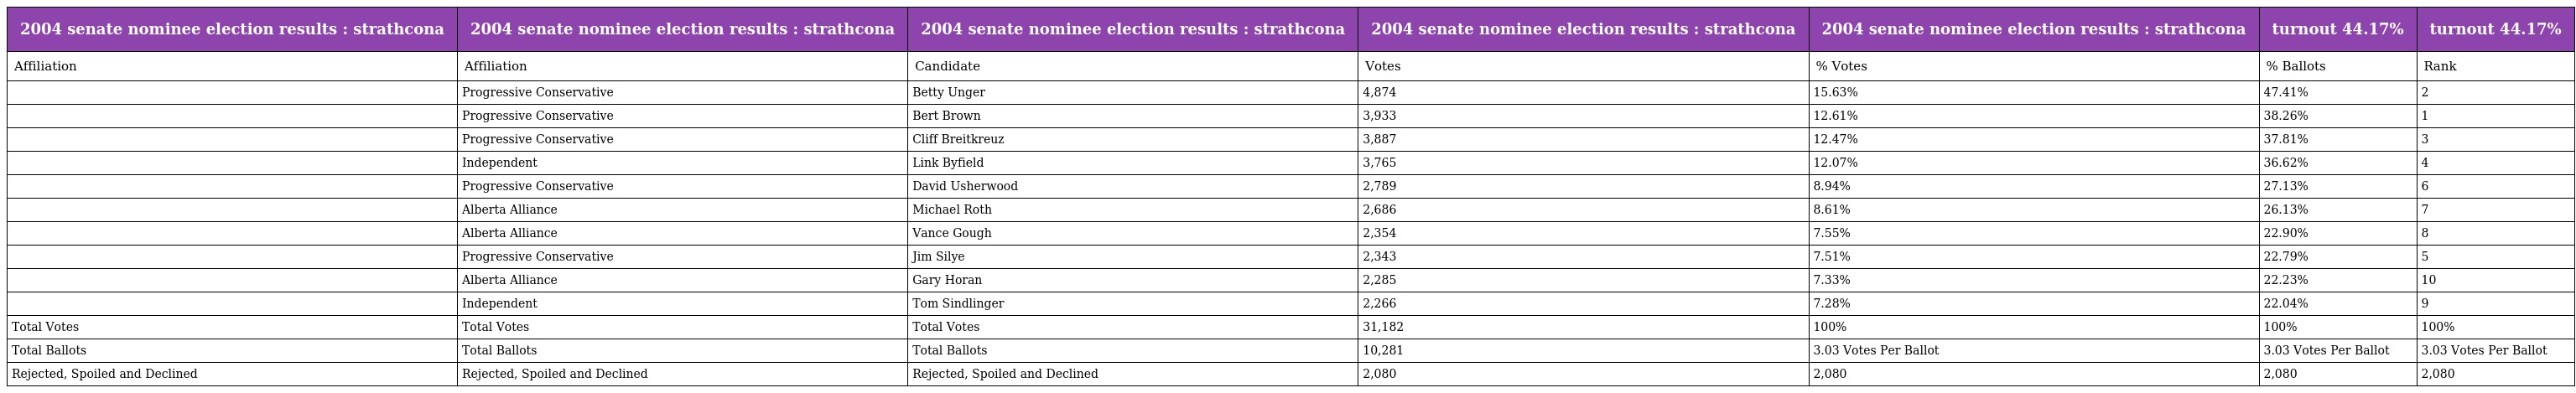
| 2004 senate nominee election results : strathcona | 2004 senate nominee election results : strathcona | 2004 senate nominee election results : strathcona | 2004 senate nominee election results : strathcona | 2004 senate nominee election results : strathcona | turnout 44.17% | turnout 44.17% |
 | --- | --- | --- | --- | --- | --- | --- |
 | Affiliation | Affiliation | Candidate | Votes | % Votes | % Ballots | Rank |
 |  | Progressive Conservative | Betty Unger | 4,874 | 15.63% | 47.41% | 2 |
 |  | Progressive Conservative | Bert Brown | 3,933 | 12.61% | 38.26% | 1 |
 |  | Progressive Conservative | Cliff Breitkreuz | 3,887 | 12.47% | 37.81% | 3 |
 |  | Independent | Link Byfield | 3,765 | 12.07% | 36.62% | 4 |
 |  | Progressive Conservative | David Usherwood | 2,789 | 8.94% | 27.13% | 6 |
 |  | Alberta Alliance | Michael Roth | 2,686 | 8.61% | 26.13% | 7 |
 |  | Alberta Alliance | Vance Gough | 2,354 | 7.55% | 22.90% | 8 |
 |  | Progressive Conservative | Jim Silye | 2,343 | 7.51% | 22.79% | 5 |
 |  | Alberta Alliance | Gary Horan | 2,285 | 7.33% | 22.23% | 10 |
 |  | Independent | Tom Sindlinger | 2,266 | 7.28% | 22.04% | 9 |
 | Total Votes | Total Votes | Total Votes | 31,182 | 100% | 100% | 100% |
 | Total Ballots | Total Ballots | Total Ballots | 10,281 | 3.03 Votes Per Ballot | 3.03 Votes Per Ballot | 3.03 Votes Per Ballot |
 | Rejected, Spoiled and Declined | Rejected, Spoiled and Declined | Rejected, Spoiled and Declined | 2,080 | 2,080 | 2,080 | 2,080 |